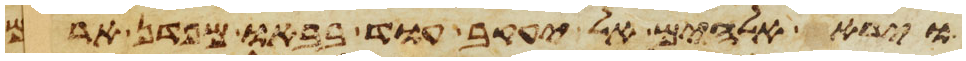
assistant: וירא אלהים אל יעקב עוד בבאו מפדן ארם